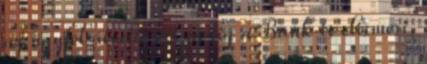
az ügyfél átvett, ezt pedig a Bank is elismeri,